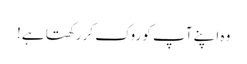
وہ اپنے آپ کو روک کر رکھتا ہے!